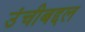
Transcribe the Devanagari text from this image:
उंचीबद्दल